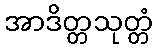
အာဒိတ္တသုတ္တံ